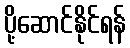
ပို့ဆောင်နိုင်ရန်